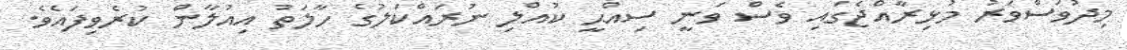
މިދުވަސްވަރު މުޅިރާއްޖެގައި ވެސް ވަނީ ސިއްޙީ ކުއްލި ނުރައްކަލުގެ ހާލަތު އިއުލާން ކުރެވިފައެވެ.